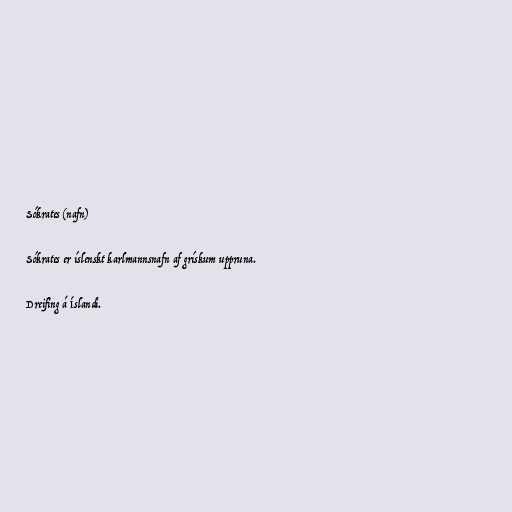
Sókrates (nafn)

Sókrates er íslenskt karlmannsnafn af grískum uppruna.

Dreifing á Íslandi.